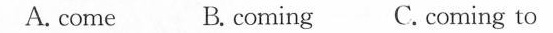
A. come B. coming C. coming to